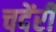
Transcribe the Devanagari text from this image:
चदेंरी